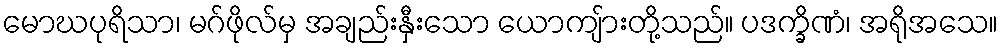
မောဃပုရိသာ၊ မဂ်ဖိုလ်မှ အချည်းနှီးသော ယောကျ်ားတို့သည်။ ပဒက္ခိဏံ၊ အရိုအသေ။